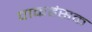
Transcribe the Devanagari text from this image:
पाकहंसक